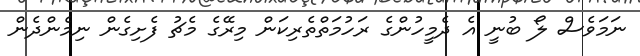
ނަމަވެސް ލޯ ބުނީ އެ ދެމީހުންގެ ރަހުމަތްތެރިކަން މިރޭގެ މެޗު ފެށިގެން ނިމެންދެން